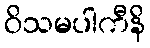
ဝိသမပါကီနိ